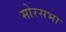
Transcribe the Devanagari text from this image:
मोरसभा